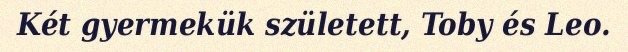
Két gyermekük született, Toby és Leo.